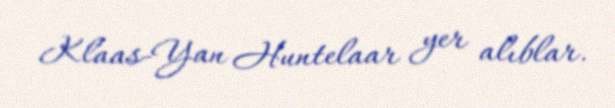
Klaas-Yan Huntelaar yer alıblar.